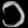
Digit: ၁